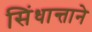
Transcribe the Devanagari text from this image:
सिंधान्ताने